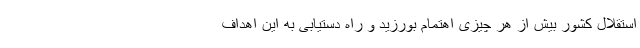
استقلال کشور بیش از هر چیزی اهتمام بورزید و راه دستیابی به این اهداف